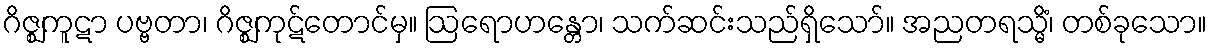
ဂိဇ္ဈကူဋာ ပဗ္ဗတာ၊ ဂိဇ္ဈကုဋ်တောင်မှ။ ဩရောဟန္တော၊ သက်ဆင်းသည်ရှိသော်။ အညတရသ္မိံ၊ တစ်ခုသော။